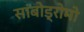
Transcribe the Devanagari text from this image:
सांबोड्रोमो